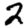
Digit: 2